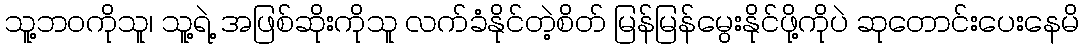
သူ့ဘဝကိုသူ၊ သူ့ရဲ့ အဖြစ်ဆိုးကိုသူ လက်ခံနိုင်တဲ့စိတ် မြန်မြန်မွေးနိုင်ဖို့ကိုပဲ ဆုတောင်းပေးနေမိ